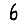
Digit: 6